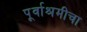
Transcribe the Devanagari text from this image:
पूर्वाश्रमीचा